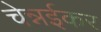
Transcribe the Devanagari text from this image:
चेन्नईकर